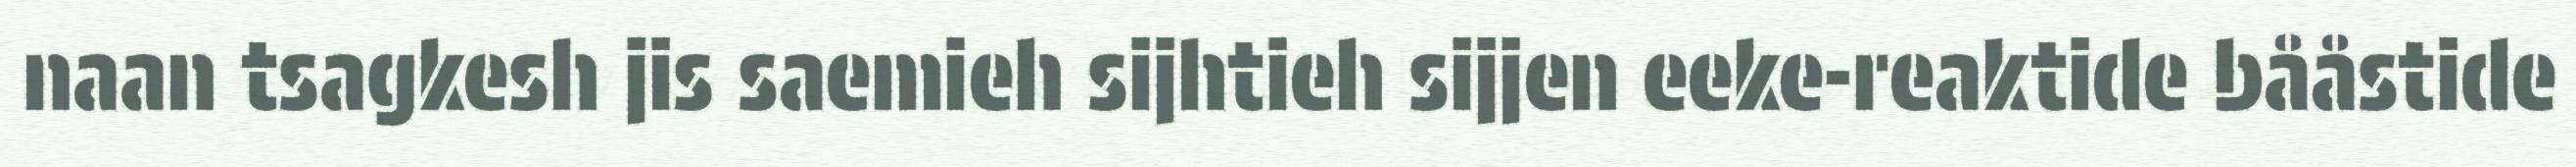
naan tsagkesh jis saemieh sijhtieh sijjen eeke-reaktide bååstide